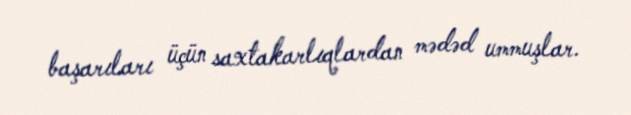
başarıları üçün saxtakarlıqlardan mədəd ummuşlar.